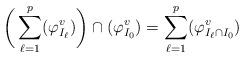
LaTeX: \begin{align*}\bigg(\sum_{\ell=1}^p(\varphi_{I_\ell}^v)\bigg)\cap(\varphi_{I_0}^v) = \sum_{\ell=1}^p(\varphi_{I_\ell\cap I_0}^v)\end{align*}